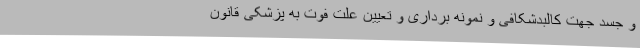
و جسد جهت کالبدشکافی و نمونه برداری و تعیین علت فوت به پزشکی قانون